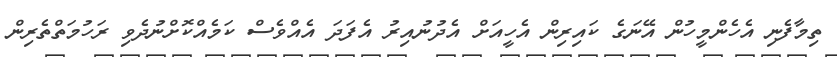
ތިމާފެނި އެހެންމީހުން އޭނަގެ ކައިރިން އެހީއަށް އެދުނުއިރު އެފަދަ އެއްވެސް ކަމެއްކޮށްނުދެވި ރަހުމަތްތެރިން